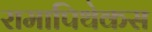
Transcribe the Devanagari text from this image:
रामापिथेकस